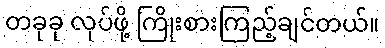
တခုခု လုပ်ဖို့ ကြိုးစားကြည့်ချင်တယ်။